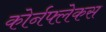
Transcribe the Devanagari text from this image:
कोर्नफ्लेकस